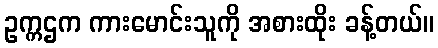
ဥက္ကဌက ကားမောင်းသူကို အစားထိုး ခန့်တယ်။